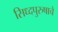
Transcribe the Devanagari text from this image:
सिध्दपुरुषाचे